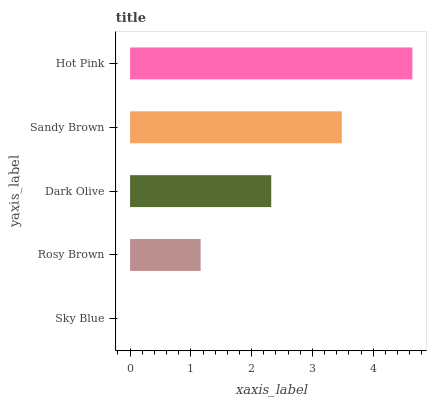
| yaxis_label | bars |
 | --- | --- |
 | Sky Blue | 0 |
 | Rosy Brown | 1.16 |
 | Dark Olive | 2.32 |
 | Sandy Brown | 3.48 |
 | Hot Pink | 4.64 |